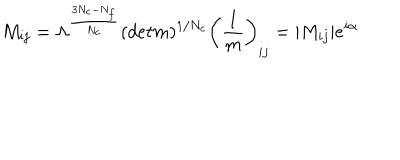
LaTeX: M _ { i j } = \Lambda ^ { { \frac { 3 N _ { c } - N _ { f } } { N _ { c } } } } ( d e t m ) ^ { 1 / N _ { c } } \left( { \frac { 1 } { m } } \right) _ { i j } = | M _ { i j } | e ^ { i \alpha } ~ ~ ~